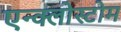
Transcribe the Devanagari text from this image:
एन्क्लोस्टोम